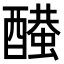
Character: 𨣂